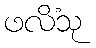
ဖလိံသု